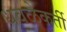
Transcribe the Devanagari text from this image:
धवळेकर्ती